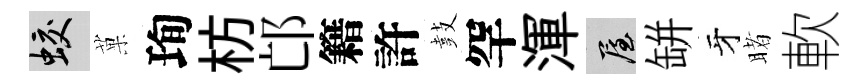
蛟菓珣枋邙籍許鼓罕渾屋缾牙睹軟